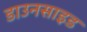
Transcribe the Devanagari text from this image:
डाउनसाइड